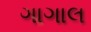
ગાગાલ